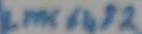
Text: LMC 6183